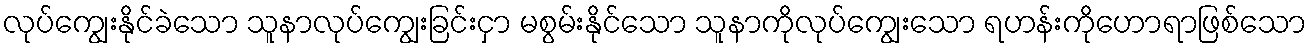
လုပ်ကျွေးနိုင်ခဲသော သူနာလုပ်ကျွေးခြင်းငှာ မစွမ်းနိုင်သော သူနာကိုလုပ်ကျွေးသော ရဟန်းကိုဟောရာဖြစ်သော